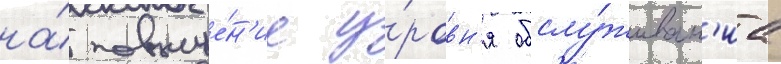
на́ повыше́н'ие у́ровн'я обслу́живан'иа